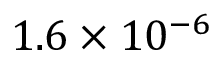
1 . 6 \times 1 0 ^ { - 6 }